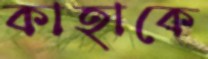
কাহাকে